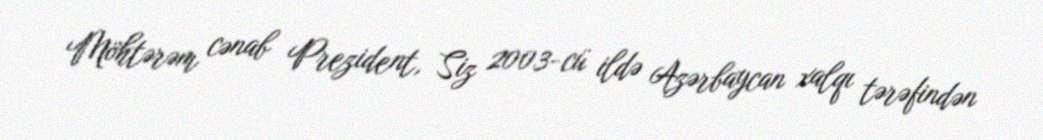
Möhtərəm cənab Prezident, Siz 2003-cü ildə Azərbaycan xalqı tərəfindən